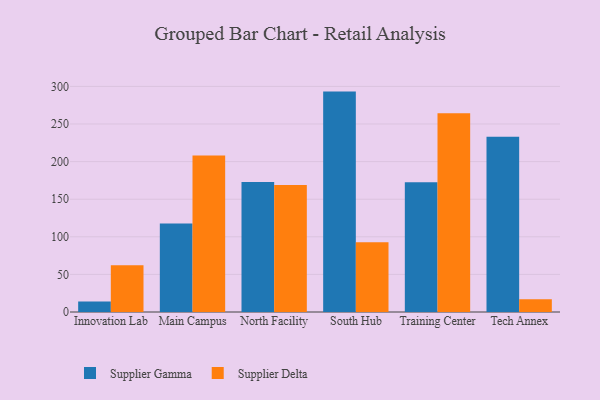
{"axis": {"x": "Campus", "y": "Revenue (USD Million)"}, "legend": ["Supplier Delta", "Supplier Gamma"], "data": [{"x": "Innovation Lab", "y": 14.1, "type": "Supplier Gamma"}, {"x": "Innovation Lab", "y": 62.3, "type": "Supplier Delta"}, {"x": "Main Campus", "y": 117.6, "type": "Supplier Gamma"}, {"x": "Main Campus", "y": 208.0, "type": "Supplier Delta"}, {"x": "North Facility", "y": 172.9, "type": "Supplier Gamma"}, {"x": "North Facility", "y": 168.8, "type": "Supplier Delta"}, {"x": "South Hub", "y": 293.1, "type": "Supplier Gamma"}, {"x": "South Hub", "y": 92.6, "type": "Supplier Delta"}, {"x": "Training Center", "y": 172.4, "type": "Supplier Gamma"}, {"x": "Training Center", "y": 264.3, "type": "Supplier Delta"}, {"x": "Tech Annex", "y": 233.2, "type": "Supplier Gamma"}, {"x": "Tech Annex", "y": 16.8, "type": "Supplier Delta"}]}